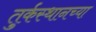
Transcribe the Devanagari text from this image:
तुर्कस्थानच्या